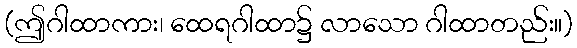
(ဤဂါထာကား၊ ထေရဂါထာ၌ လာသော ဂါထာတည်း။)